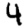
Digit: 4